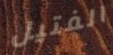
الفتيل